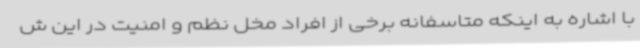
با اشاره به اینکه متاسفانه برخی از افراد مخل نظم و امنیت در این ش